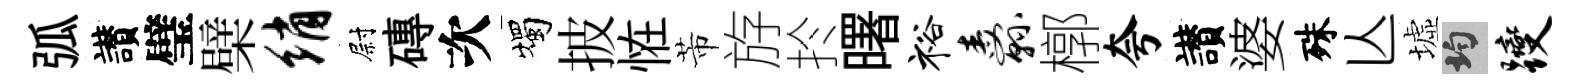
弧讃璧檗绡尉磚次燭披恠芾斿扵曙裕纛槨夸讃婆殊亾墟均躞